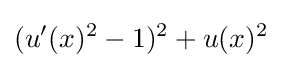
(u'(x)^{2}-1)^{2}+u(x)^{2}